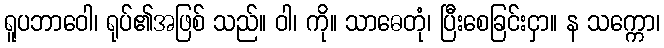
ရူပဘာဝေါ၊ ရုပ်၏အဖြစ် သည်။ ဝါ၊ ကို။ သာဓေတုံ၊ ပြီးစေခြင်းငှာ။ န သက္ကော၊